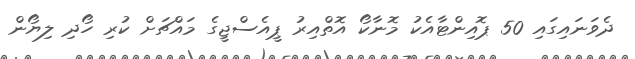
ދެވަނައިގައި 50 ޕޮއިންޓާއެކު މޮނާކޯ އޮތްއިރު ޕީއެސްޖީގެ މައްޗަށް ކުރި ހޯދި ލިޔޯން